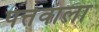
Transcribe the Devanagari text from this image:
पत्तेवाला